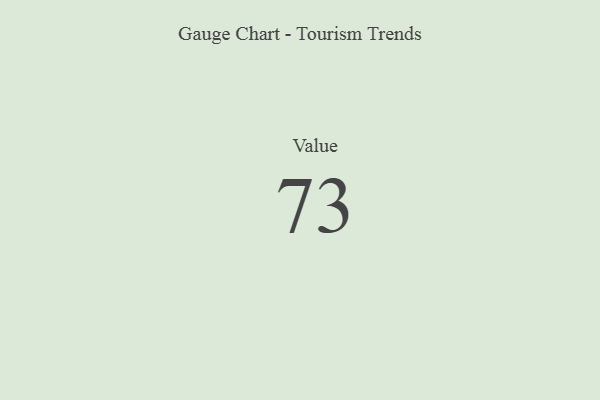
{"axis": {"x": "Metric", "y": "Value"}, "legend": [""], "data": [{"x": "Value", "y": 73, "type": ""}]}